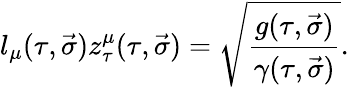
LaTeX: l_{\mu}(\tau,\vec{\sigma})z_{\tau}^{\mu}(\tau,\vec{\sigma})=\sqrt{\frac{g(\tau,\vec{\sigma})}{\gamma(\tau,\vec{\sigma})}}.